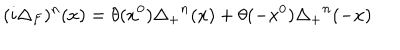
LaTeX: ( i \Delta _ { F } ) ^ { n } ( x ) = \theta ( x ^ { 0 } ) { \Delta _ { + } } ^ { n } ( x ) + \theta ( - x ^ { 0 } ) { \Delta _ { + } } ^ { n } ( - x )